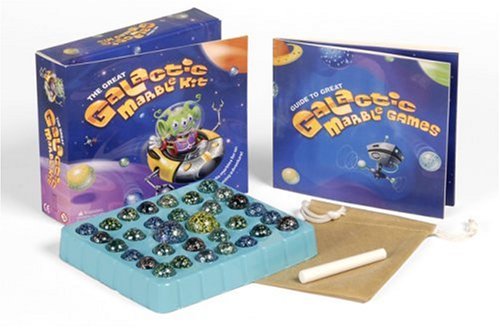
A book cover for The Great Galactic Marble Kit: Includes 32 Meteor Marbles for an Out-of-this-world Gaming Adventure!; Rebecca McCarthy; Crafts, Hobbies & Home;